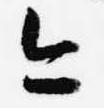
今